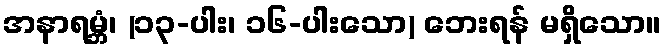
အနာရမ္ဘံ၊ (၁၃-ပါး၊ ၁၆-ပါးသော) ဘေးရန် မရှိသော။